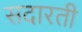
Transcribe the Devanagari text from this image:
सदारती